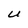
Character: U